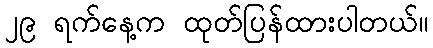
၂၉ ရက်နေ့က ထုတ်ပြန်ထားပါတယ်။